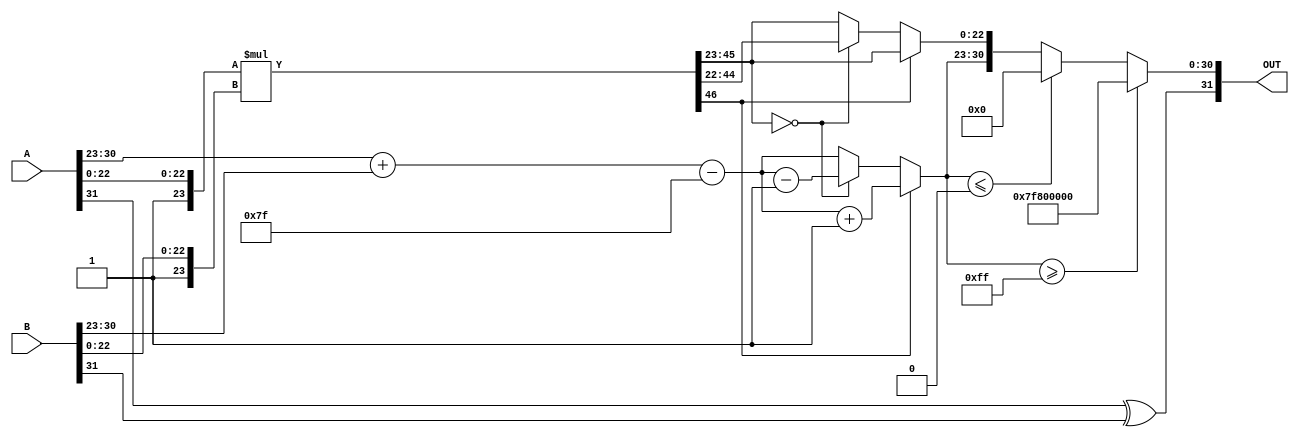
module floating_point_multiplier (
    input [31:0] A, // First floating-point number
    input [31:0] B, // Second floating-point number
    output reg [31:0] OUT // Result of multiplication
);

    // Constants
    localparam BIAS = 8'd127;

    // Decomposition of inputs
    wire S_A = A[31]; // Sign of A
    wire S_B = B[31]; // Sign of B
    wire [7:0] E_A = A[30:23]; // Exponent of A
    wire [7:0] E_B = B[30:23]; // Exponent of B
    wire [22:0] M_A = A[22:0]; // Significand of A
    wire [22:0] M_B = B[22:0]; // Significand of B

    // Sign Calculation
    wire S_OUT = S_A ^ S_B;

    // Exponent Calculation
    wire [8:0] E_OUT_temp = E_A + E_B - BIAS;
    wire [7:0] E_OUT = E_OUT_temp[7:0]; // Output exponent is 8 bits

    // Significand Multiplication
    wire [46:0] M_OUT_temp = {1'b1, M_A} * {1'b1, M_B}; // Include implicit '1'
    wire [46:0] M_MULT = M_OUT_temp; // Result of significand multiplication

    // Normalization
    reg [7:0] exp_adjusted;
    reg [22:0] M_OUT;
    always @(*) begin
        if (M_MULT[46]) begin
            // If result >= 2, normalize by right shift
            M_OUT = M_MULT[45:23]; // Take the top 23 bits
            exp_adjusted = E_OUT + 1; // Increment the exponent
        end else if (M_MULT[45:23] == 0) begin
            // If result < 1, normalize by left shift
            M_OUT = M_MULT[44:22]; // Take the next 23 bits
            exp_adjusted = E_OUT - 1; // Decrement the exponent
        end else begin
            // Result is already normalized
            M_OUT = M_MULT[45:23]; // Take the top 23 bits
            exp_adjusted = E_OUT;
        end
    end

    // Final assembly
    always @(*) begin
        if (exp_adjusted >= 8'd255) begin
            // Handle overflow: set to infinity
            OUT = {S_OUT, 8'b11111111, 23'b0};
        end else if (exp_adjusted <= 0) begin
            // Handle underflow: set to zero
            OUT = {S_OUT, 8'b0, 23'b0};
        end else begin
            // Assemble final output
            OUT = {S_OUT, exp_adjusted[7:0], M_OUT};
        end
    end

endmodule